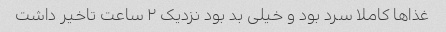
غذاها کاملا سرد بود و خیلی بد بود نزدیک ٢ ساعت تاخیر داشت